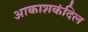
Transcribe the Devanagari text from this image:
आकाशकंदिल